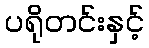
ပရိုတင်းနှင့်